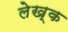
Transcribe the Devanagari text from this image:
लेख्क